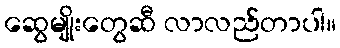
ဆွေမျိုးတွေဆီ လာလည်တာပါ။